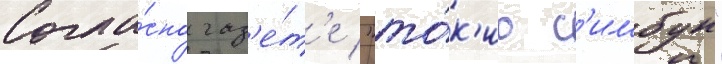
Согла́сно газ'е́т'е "то́к'ио с'имбун"